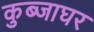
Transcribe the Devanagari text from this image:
कुब्जाघर